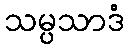
သမ္ပသာဒံ